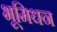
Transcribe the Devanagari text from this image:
भूमिधन